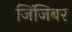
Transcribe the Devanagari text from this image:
जिंजिबर